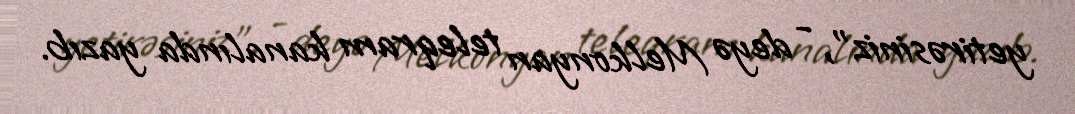
yetirəsiniz”, - deyə Melkonyan teleqram kanalında yazıb.